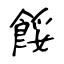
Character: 餒